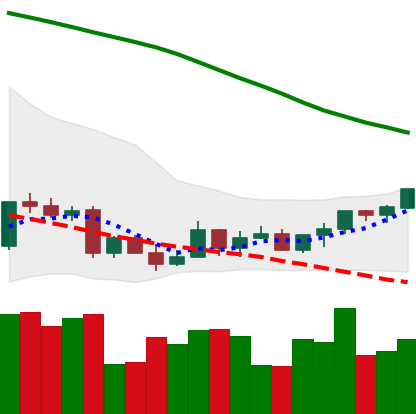
Ticker: LTC-USD
Chart end date: 2022-03-19
Forward return: 8.772%
Label: up_7plus